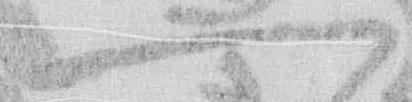
一